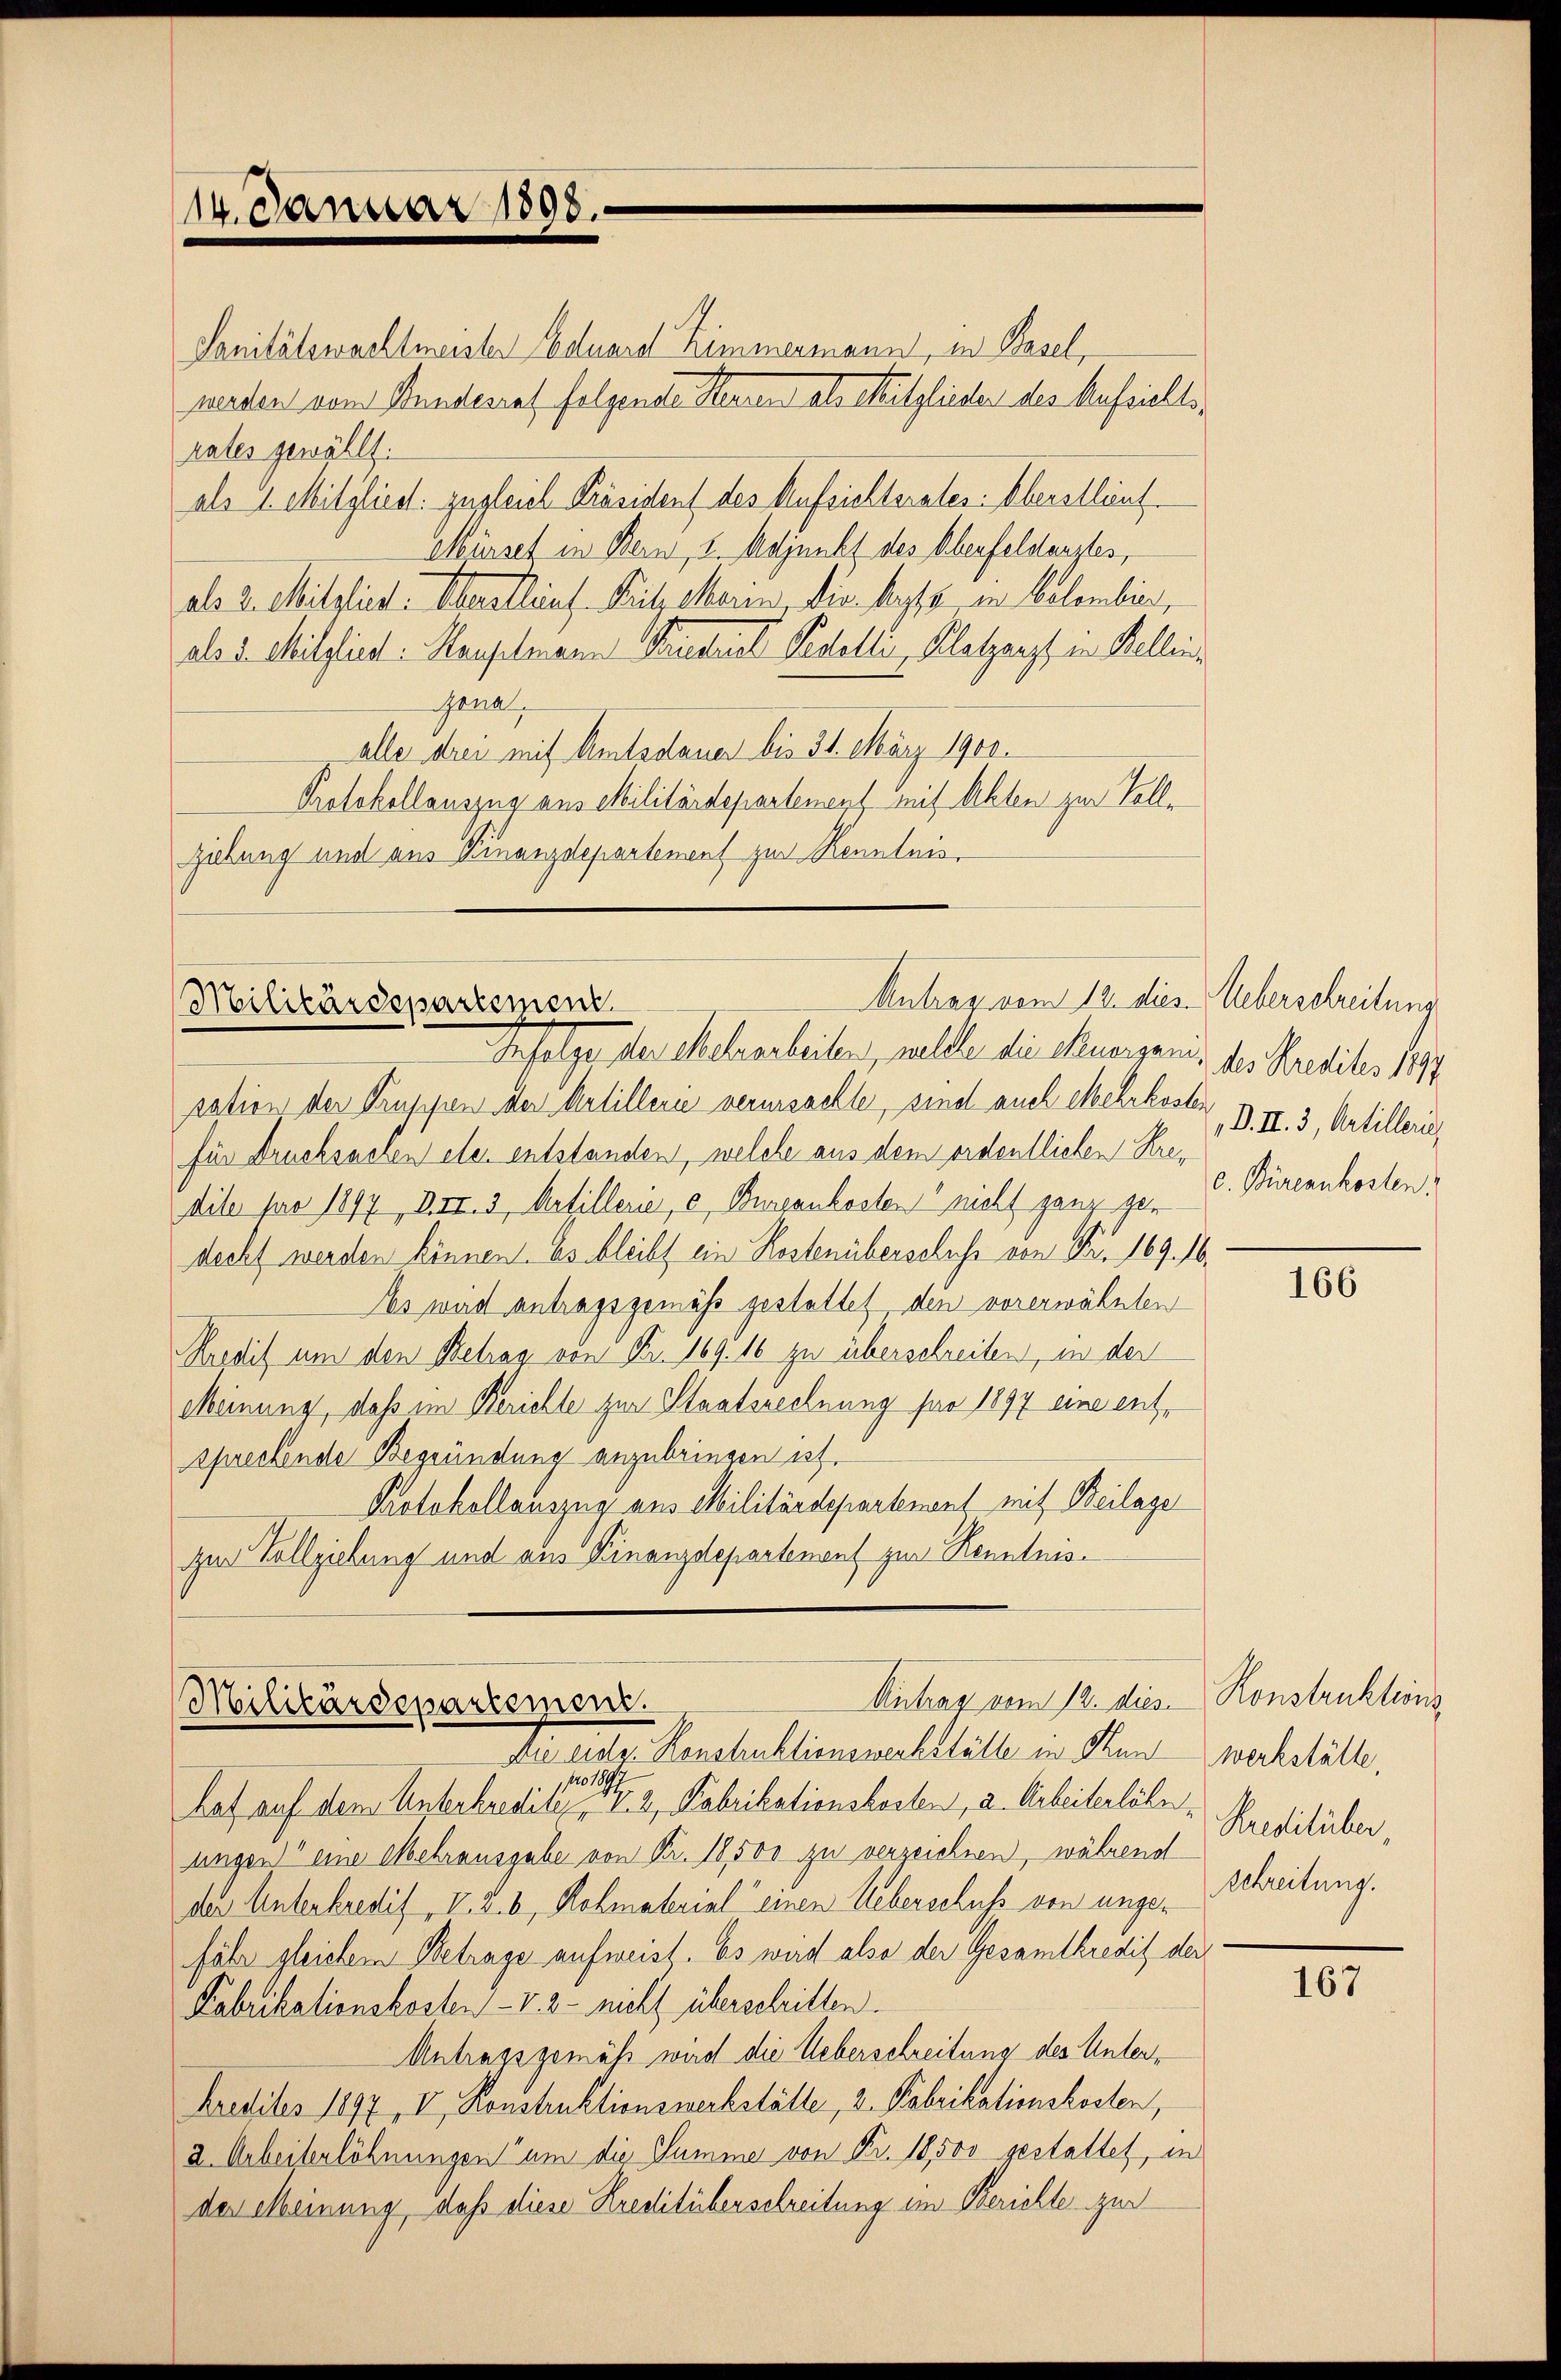
14. Januar 1898.

Sanitätswachtmeister Eduard Zimmermann, in Basel,
werden vom Bundesrat folgende Herren als Mitglieder des Aufsichtsrates gewählt.
als 1. Mitgliest: zugleich Präsident des Aufsichterates: Oberstlieut.
Mürseh in Bern, u. Adjunkt des Oberfeldanztes,
als 2. Mitglied. Oberallenf. Beitrekerin, die haupts an beleben,
als 5. Mitglied - Hauptmann Priestrial Pedelli, Platzarzt in Kellen¬
Gena
alle drei mit Amtsdauer bis 31. März 1900.
Protokollauszug aus Militärdepartenent mit Akten zur Vollziehung und aus Finanzdepartement zur Kenntnis

Antrag vom 12. dies Ueberschreitung
Militärdepartement.

Infolge der sechsenheiten, wellen die Munigen,
sation der Truppen der Artillerie verursachte, sind auch Mehrkosten d. II. 3, Artilleri
für Drucksachen elen entstanden, welche aus dem ordentlichen Kredile pro 1897, B. II. 3, Artillerie, e, Burgenkosten nicht ganz gen
decht werden können. Es bleibt ein Kostenüberschuss von Fr. 169. 16.
Es war antragsgemäß gestattet den vorerwähnten
Kredit um den Betrag von Nr. 169. 16 zu überschreiben, in der
Meinung, daß im Berichte zur Staatsrechnung per 1897 eine entsprechende Begründung anzubringen ist.
Protokollauszug aus Militärdepartement mit Beilage
zur Vollziehung und aus Finanzdepartenant zur Kenntnis¬

Antrag vom 12. dies - Konstruktions¬
Militärdepartement.

des Kredites 1897
c. Büreaukosten.

Die eidg. Konstruktionswerkställe in Kunz werkstätte,
pro 1897
hat auf dem Unterkredite No. 2. Fabrikationskosten, a. Arbeiterlöbn
lingen eine Mehrausgabe von Fr. 18,500 zu verzeichten, während
der Unterkredig, II S. 6, Rohmaterial einen Ueberschuss von ungefähr gleichem Betrage aufweist. Es wird also der Gesamtkredit der
Kabrikationskosten - u. 3 - nicht überschritten.
Antragsgemäß wird die Ueberschreitung des Unter¬
Kredites 1897, II, Konstruktionswerkstätte, 2. Fabrikationskosten,
2. Arbeiterlöhnungen um die Summe von Fr. 18,500 gestattet, in
der Meinung, daß diese Kreditüberschreitung im Berichte zur

166

Kreditüber,
Schreitung.

167